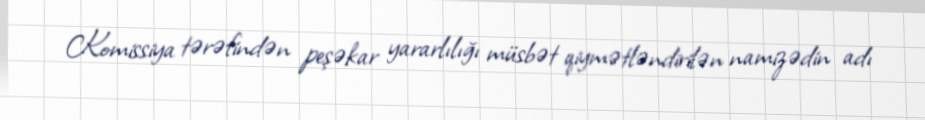
Komissiya tərəfindən peşəkar yararlılığı müsbət qiymətləndirilən namizədin adı